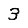
Digit: 3